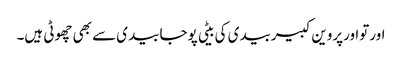
اورتواورپروین کبیربیدی کی بیٹی پوجابیدی سے بھی چھوٹی ہیں۔